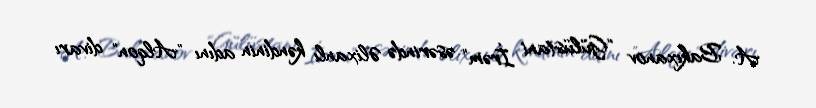
A. Bakıxanov "Gülüstani İrəm" əsərində Əlixanlı kəndinin adını "Alqon" divarı